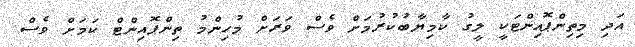
އަދި މިތިންޕޮއިންޓަކީ ލީގު ކާމިޔާބުކުރުމަށް ވެސް ވަރަށް މުހިންމު ތިންޕޮއިންޓް ކަމަށް ވެސް